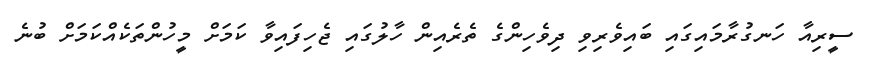
ސީރިއާ ހަނގުރާމައިގައި ބައިވެރިވި ދިވެހިންގެ ތެރެއިން ހާލުގައި ޖެހިފައިވާ ކަމަށް މީހުންތަކެއްކަމަށް ބުނެ